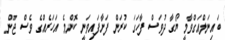
ބައިނަލްއަގްވާމީ ޔޯގާ ދުވަސް ފާހަގަ ކުރަން ފަށާފައިވަނީ ކޮންމެ އަހަރެއްގެ ވެސް ޖޫން